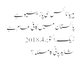
ہیپاٹائٹس سی پازیٹیو ہے
پاکستان میں کافی عام ہے
زیک, ‏اکتوبر 4, 2018
شاید پانی کا مسئلہ؟